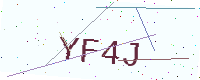
Text: YF4J